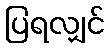
ပြရလျှင်